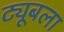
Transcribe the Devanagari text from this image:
ट्यूबला